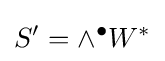
S'=\wedge ^{\bullet }W^{*}